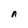
Character: n